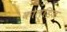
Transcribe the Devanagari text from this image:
कोल्डिज